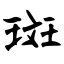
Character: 斑